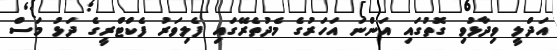
އަދްލީ ވިދާޅުވި ގޮތުގައި އަންނަ އަހަރުގެ މެދުތެރޭގައި ފެލިވަރު ފެކްޓްރީގެ ދަޅު މަސް